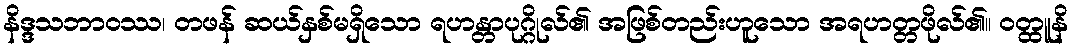
နိဒ္ဒသဘာဝဿ၊ တဖန် ဆယ်နှစ်မရှိသော ရဟန္တာပုဂ္ဂိုလ်၏ အဖြစ်တည်းဟူသော အရဟတ္တဖိုလ်၏။ ဝတ္ထူနိ